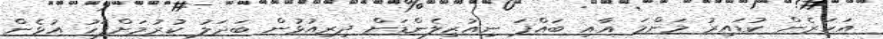
އަހަރެން ކުޑައިރު މަންމަ އާއި ބައްޕަ ނިއުޒިލެންޑަށް ދިރިއުޅުން ބަދަލު ކުރުމަށްފަހު އުޅެން